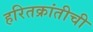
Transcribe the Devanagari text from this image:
हरितक्रांतीची